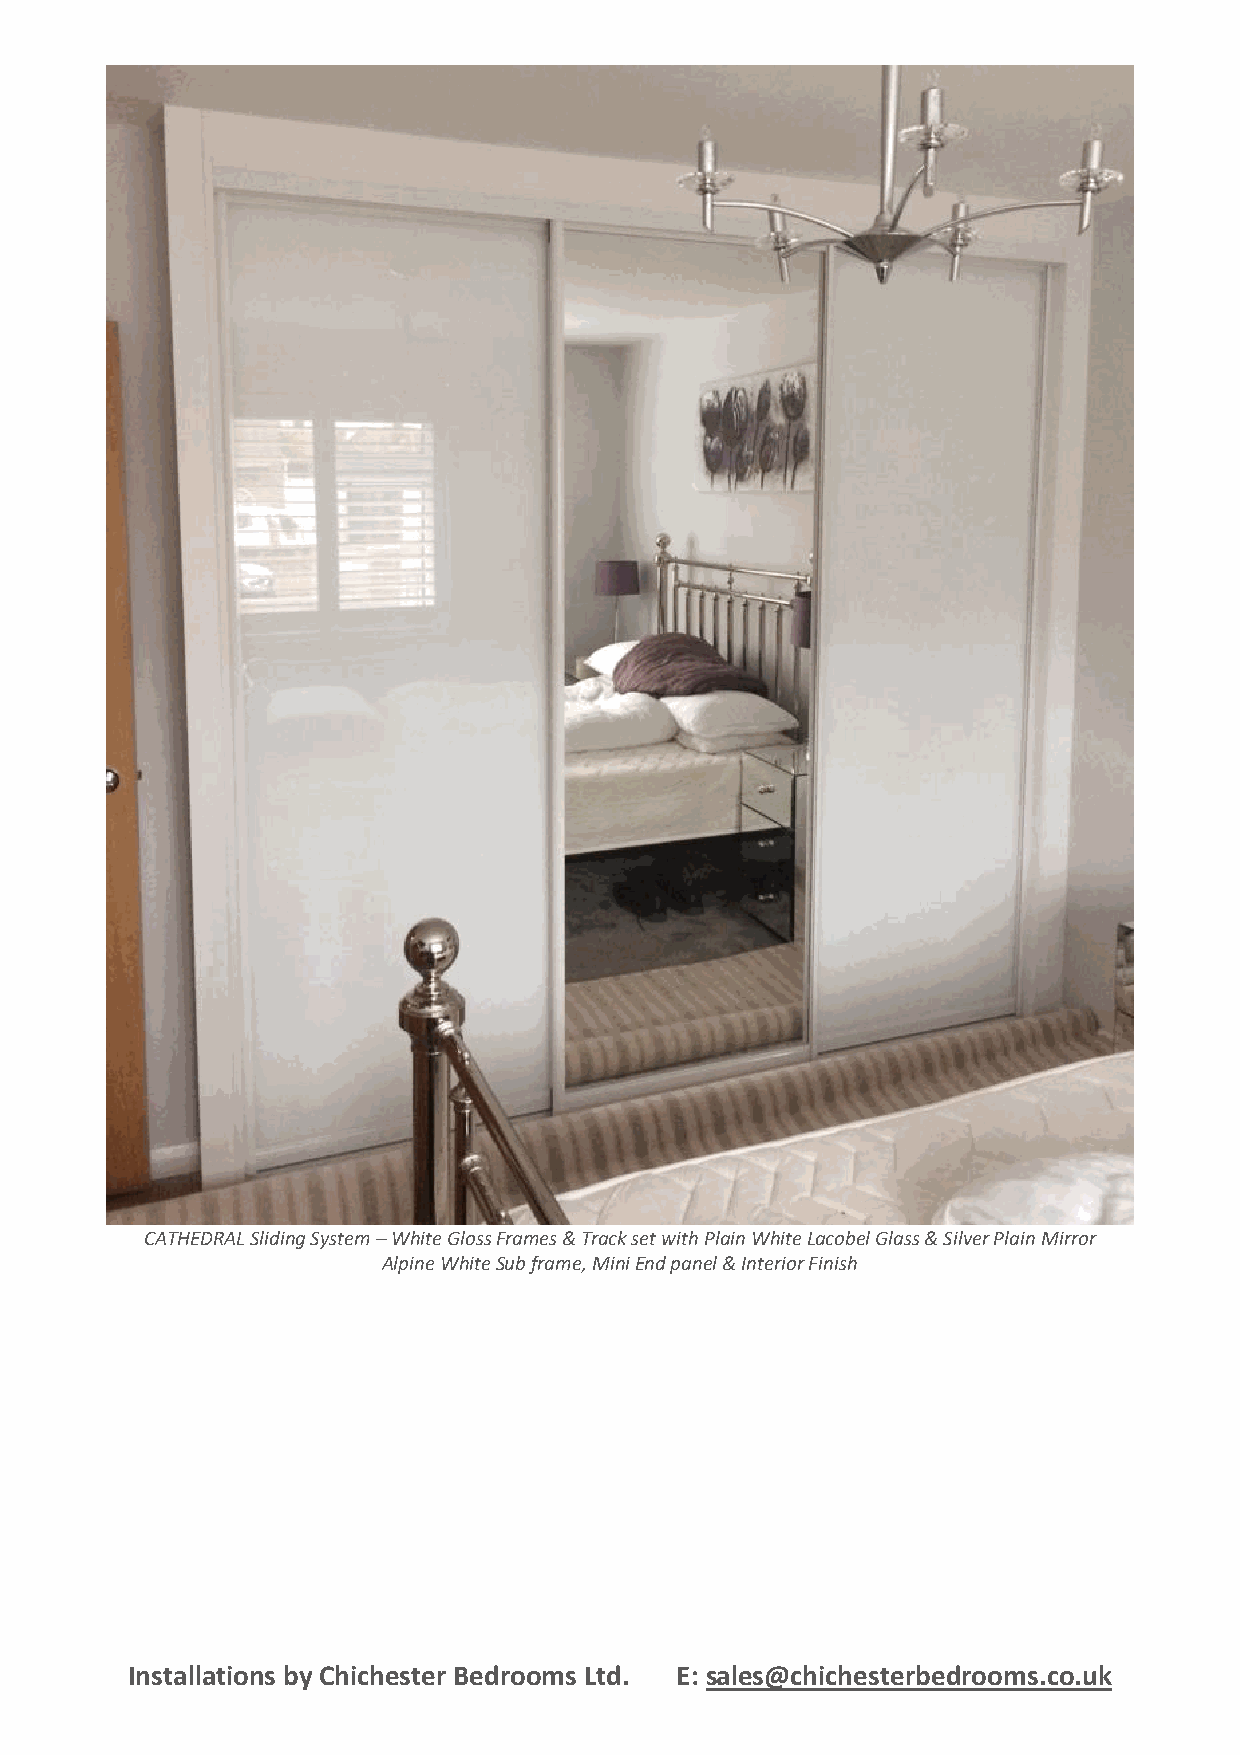
CATHEDRAL Sliding System – White Gloss Frames & Track set with Plain White Lacobel Glass & Silver Plain Mirror
 Alpine White Sub frame, Mini End panel & Interior Finish
 Installations by Chichester Bedrooms Ltd. E: sales@chichesterbedrooms.co.uk